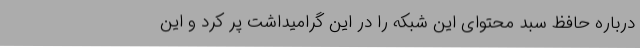
درباره حافظ سبد محتوای این شبکه را در این گرامیداشت پر کرد و این